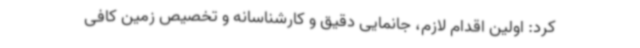
کرد: اولین اقدام لازم، جانمایی دقیق و کارشناسانه و تخصیص زمین کافی